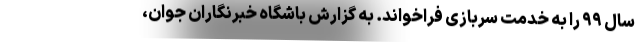
سال ۹۹ را به خدمت سربازی فراخواند. به گزارش باشگاه خبرنگاران جوان،